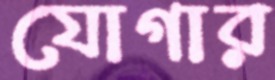
যোগার